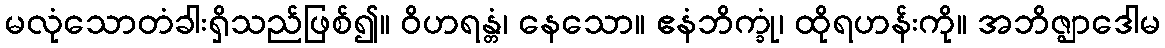
မလုံသောတံခါးရှိသည်ဖြစ်၍။ ဝိဟရန္တံ၊ နေသော။ ဧနံဘိက္ခုံ၊ ထိုရဟန်းကို။ အဘိဇ္ဈာဒေါမ